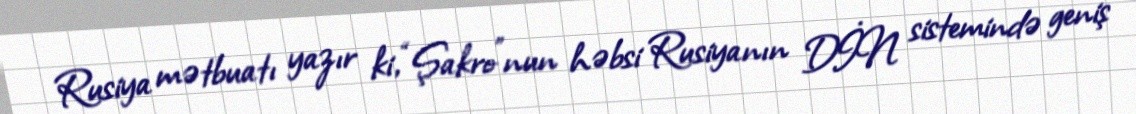
Rusiya mətbuatı yazır ki, “Şakro”nun həbsi Rusiyanın DİN sistemində geniş